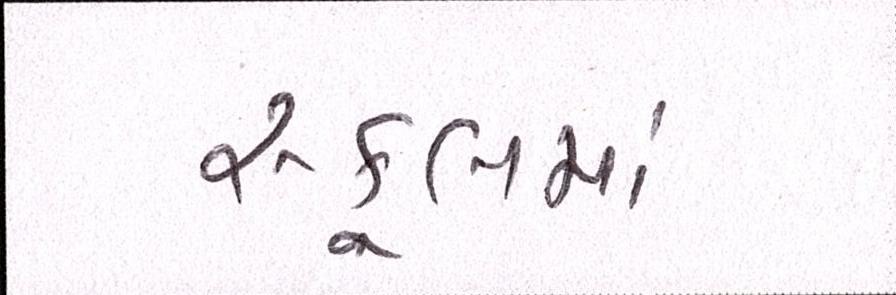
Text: સ્કૂલમાં